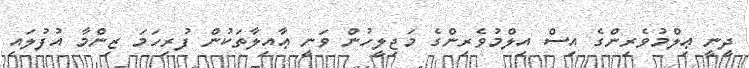
ދީނީ ޢިލްމުވެރިންގެ އިސް އިލްމުވެރިންގެ މަޖިލީހުން ވަނީ ޢާއިލާތަކުން ފުރިހަމަ ޒިންމާ އުފުލައި